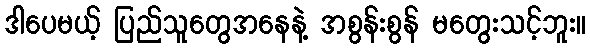
ဒါပေမယ့် ပြည်သူတွေအနေနဲ့ အစွန်းစွန် မတွေးသင့်ဘူး။